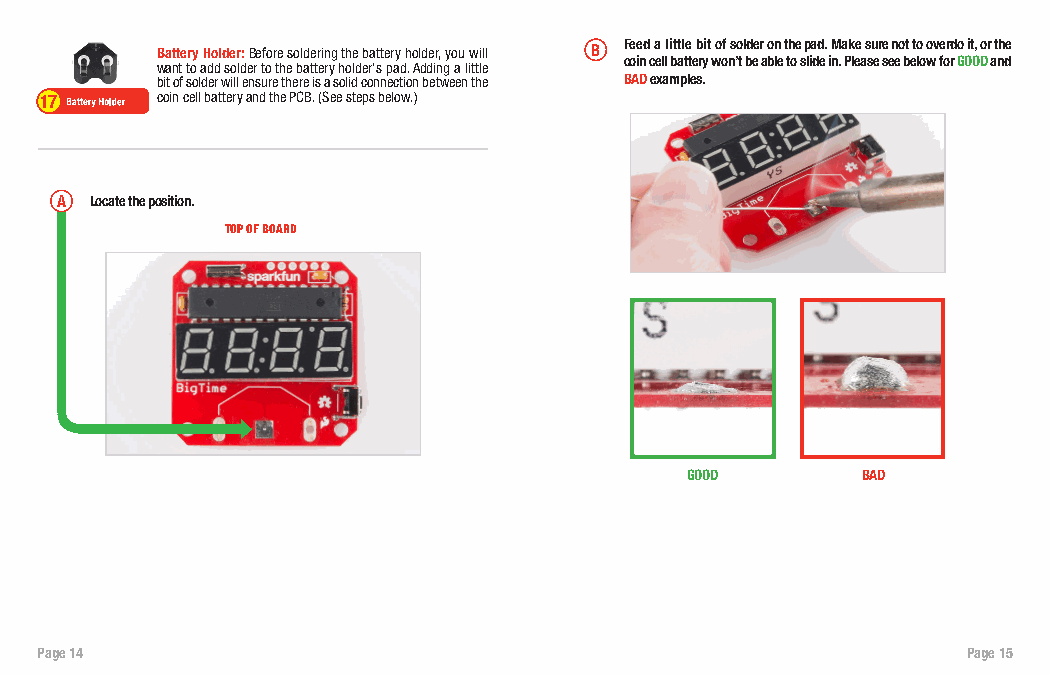
Battery Holder: Before soldering the battery holder, you will B Feed a little bit of solder on the pad. Make sure not to overdo it, or the
 want to add solder to the battery holder’s pad. Adding a little coin cell battery won’t be able to slide in. Please see below for GOOD and
 bit of solder will ensure there is a solid connection between the BAD examples.
 17     coin cell battery and the PCB. (See steps below.)
 A Locate the position.
 TOP OF BOARD
 GOOD        BAD
 Page 14                                                       Page 15